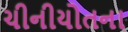
ચીનીયોતના